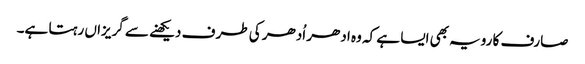
صارف کا رویہ بھی ایسا ہے کہ وہ ادھر اُدھر کی طر ف دیکھنے سے گریزاں رہتا ہے۔